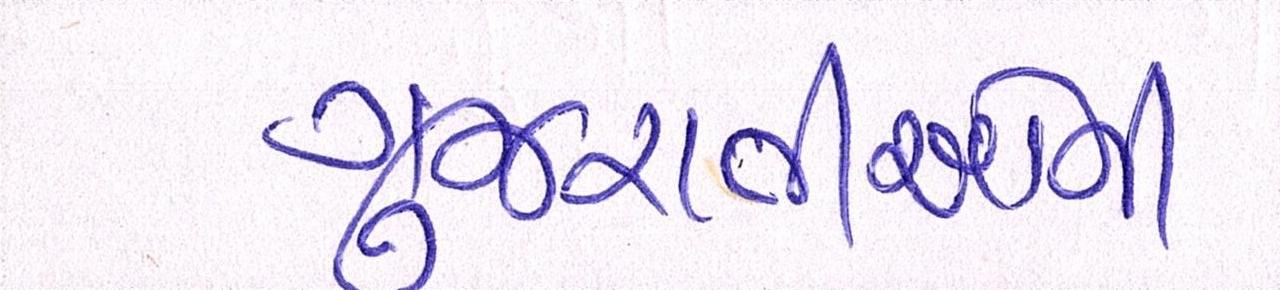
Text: ગુજરાતીઓની